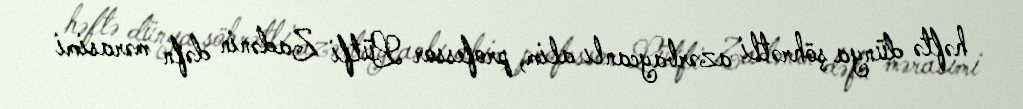
həftə dünya şöhrətli azərbaycanlı alim, professor Lütfi Zadənin dəfn mərasimi